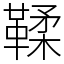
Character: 鞣